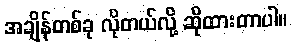
အချိန်တစ်ခု လိုတယ်လို့ ဆိုထားတာပါ။